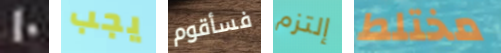
10 يجب فسأقوم إلتزم مختلط